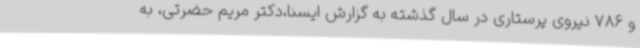
و 786 نیروی پرستاری در سال گذشته به گزارش ایسنا،دکتر مریم حضرتی، به